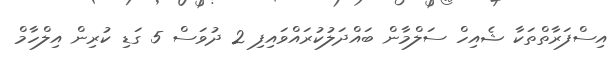
އިސްފަރާތްތަކާ ޝެއިހް ސަލްމާން ބައްދަލުކުރައްވައިފި 2 ދުވަސް 5 ގަޑި ކުރިން އިލްހާމް